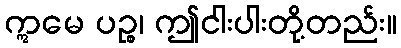
ဣမေ ပဉ္စ၊ ဤငါးပါးတို့တည်း။